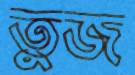
তুজ